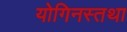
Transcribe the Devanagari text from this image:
योगिनस्तथा